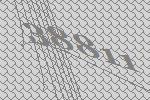
38811